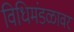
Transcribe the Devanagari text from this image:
विधिमंडळावर